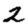
Digit: 2